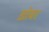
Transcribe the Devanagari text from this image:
ख़ोबर